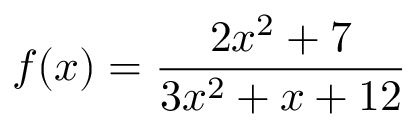
f ( x ) = { \frac { 2 x ^ { 2 } + 7 } { 3 x ^ { 2 } + x + 1 2 } }